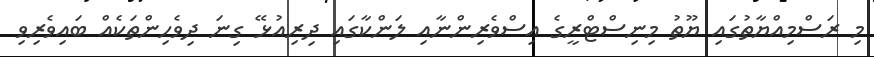
މި ރަސްމިއްޔާތުގައި ޔޫތު މިނިސްޓްރީގެ އިސްވެރިންނާއި ލަންކާގައި ދިރިއުޅޭ ގިނަ ދިވެހިންތަކެއް ބައިވެރިވި